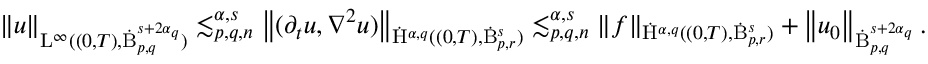
\begin{array} { r } { \left\lVert u \right\rVert _ { \mathrm { L } ^ { \infty } ( ( 0 , T ) , \dot { \mathrm { B } } _ { p , q } ^ { s + 2 \alpha _ { q } } ) } \lesssim _ { p , q , n } ^ { \alpha , s } \left\lVert ( \partial _ { t } u , \nabla ^ { 2 } u ) \right\rVert _ { \dot { \mathrm { H } } ^ { \alpha , q } ( ( 0 , T ) , \dot { \mathrm { B } } _ { p , r } ^ { s } ) } \lesssim _ { p , q , n } ^ { \alpha , s } \left\lVert f \right\rVert _ { \dot { \mathrm { H } } ^ { \alpha , q } ( ( 0 , T ) , \dot { \mathrm { B } } _ { p , r } ^ { s } ) } + \left\lVert u _ { 0 } \right\rVert _ { \dot { \mathrm { B } } _ { p , q } ^ { s + 2 \alpha _ { q } } } . } \end{array}